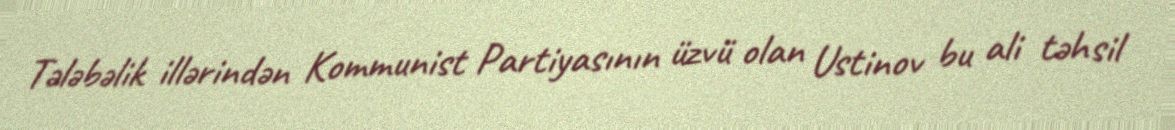
Tələbəlik illərindən Kommunist Partiyasının üzvü olan Ustinov bu ali təhsil